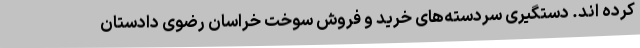
کرده اند. دستگیری سردسته‌های خرید و فروش سوخت خراسان رضوی دادستان